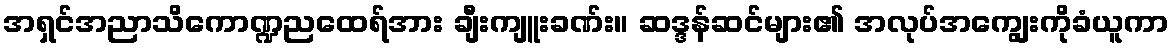
အရှင်အညာသိကောဏ္ဍညထေရ်အား ချီးကျူးခဏ်း။ ဆဒ္ဒန်ဆင်များ၏ အလုပ်အကျွေးကိုခံယူကာ